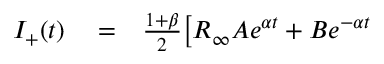
\begin{array} { r l r } { I _ { + } ( t ) } & { { } = } & { \frac { 1 + \beta } { 2 } \big [ R _ { \infty } A e ^ { \alpha t } + B e ^ { - \alpha t } } \end{array}